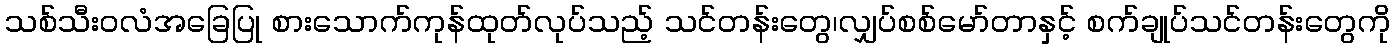
သစ်သီးဝလံအခြေပြု စားသောက်ကုန်ထုတ်လုပ်သည့် သင်တန်းတွေ၊လျှပ်စစ်မော်တာနှင့် စက်ချုပ်သင်တန်းတွေကို